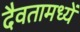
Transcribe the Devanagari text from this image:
दैवतामध्यें